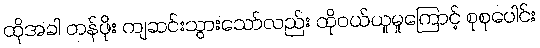
ထိုအခါ တန်ဖိုး ကျဆင်းသွားသော်လည်း ထိုဝယ်ယူမှုကြောင့် စုစုပေါင်း